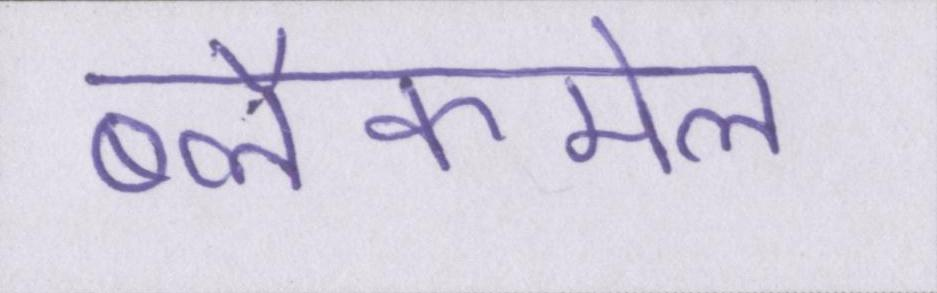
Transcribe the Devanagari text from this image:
ब्लैकमेल